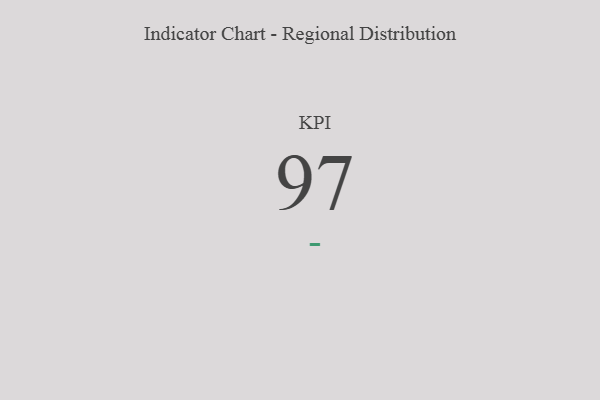
{"axis": {"x": "KPI", "y": "Value"}, "legend": [""], "data": [{"x": "KPI", "y": 97, "type": ""}]}